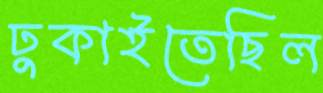
ঢুকাইতেছিল